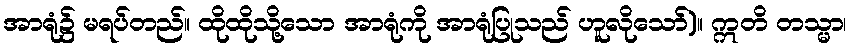
အာရုံ၌ မရပ်တည်။ ထိုထိုသို့သော အာရုံကို အာရုံပြုသည် ဟူလိုသော်)။ ဣတိ တသ္မာ၊